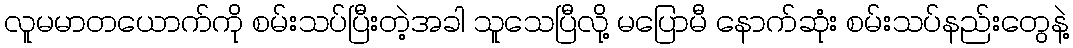
လူမမာတယောက်ကို စမ်းသပ်ပြီးတဲ့အခါ သူသေပြီလို့ မပြောမီ နောက်ဆုံး စမ်းသပ်နည်းတွေနဲ့